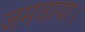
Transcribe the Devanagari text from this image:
जमवाया।